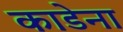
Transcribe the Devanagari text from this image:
काडेना